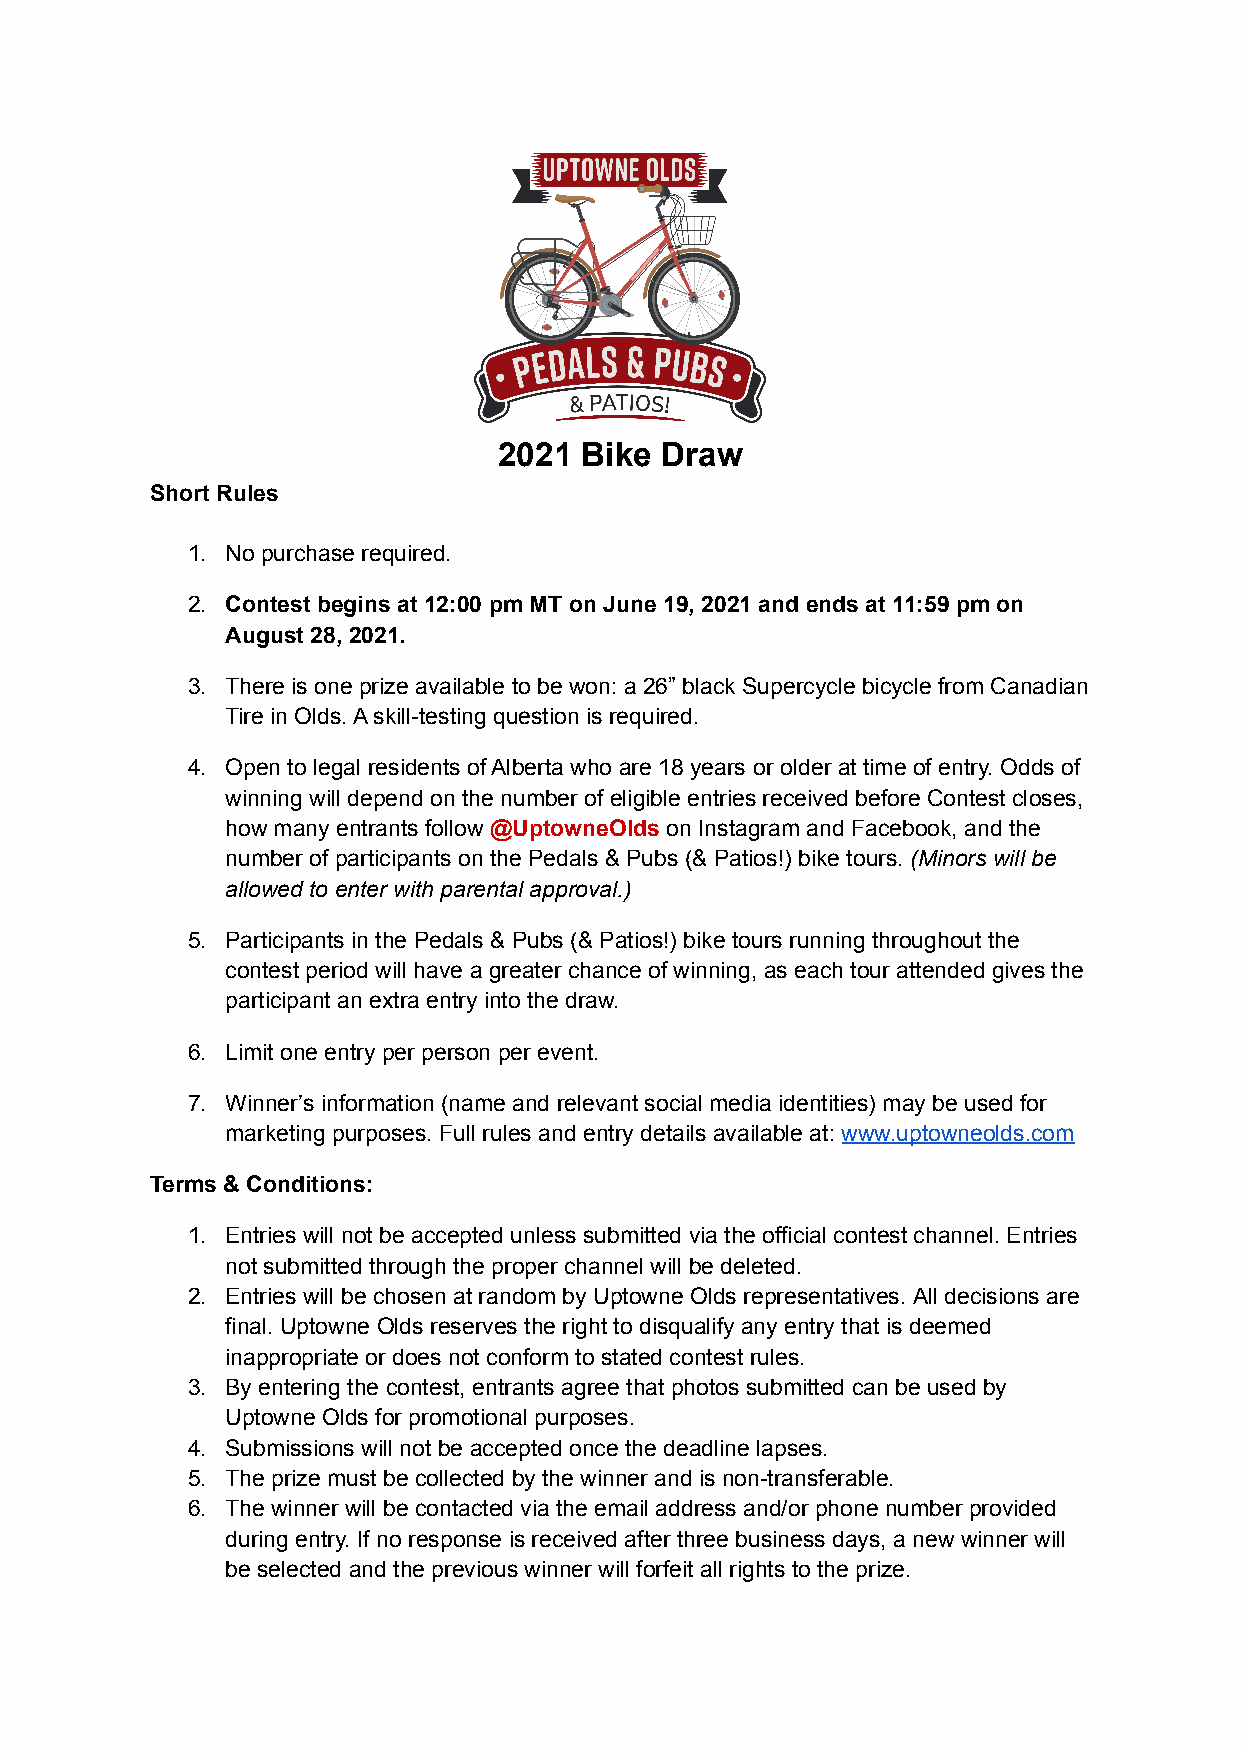
2021 Bike  Draw
 Short Rules
 1. No purchase required.
 2. Contest begins at 12:00 pm MT on June 19, 2021 and ends at 11:59 pm on
 August 28, 2021.
 3. There is one prize available to be won: a 26” black Supercycle bicycle from Canadian
 Tire in Olds. A skill-testing question is required.
 4. Open to legal residents of Alberta who are 18 years or older at time of entry. Odds of
 winning will depend on the number of eligible entries received before Contest closes,
 how many entrants follow @UptowneOlds on Instagram and Facebook, and the
 number of participants on the Pedals & Pubs (& Patios!) bike tours. (Minors will be
 allowed to enter with parental approval.)
 5. Participants in the Pedals & Pubs (& Patios!) bike tours running throughout the
 contest period will have a greater chance of winning, as each tour attended gives the
 participant an extra entry into the draw.
 6. Limit one entry per person per event.
 7. Winner’s information (name and relevant social media identities) may be used for
 marketing purposes. Full rules and entry details available at: www.uptowneolds.com
 Terms & Conditions:
 1. Entries will not be accepted unless submitted via the official contest channel. Entries
 not submitted through the proper channel will be deleted.
 2. Entries will be chosen at random by Uptowne Olds representatives. All decisions are
 final. Uptowne Olds reserves the right to disqualify any entry that is deemed
 inappropriate or does not conform to stated contest rules.
 3. By entering the contest, entrants agree that photos submitted can be used by
 Uptowne Olds for promotional purposes.
 4. Submissions will not be accepted once the deadline lapses.
 5. The prize must be collected by the winner and is non-transferable.
 6. The winner will be contacted via the email address and/or phone number provided
 during entry. If no response is received after three business days, a new winner will
 be selected and the previous winner will forfeit all rights to the prize.